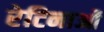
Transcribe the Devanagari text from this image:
रेटिनाओं